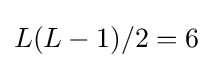
L(L-1)/2=6